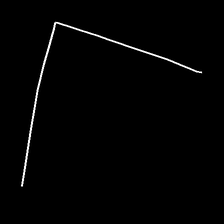
Glyph: region